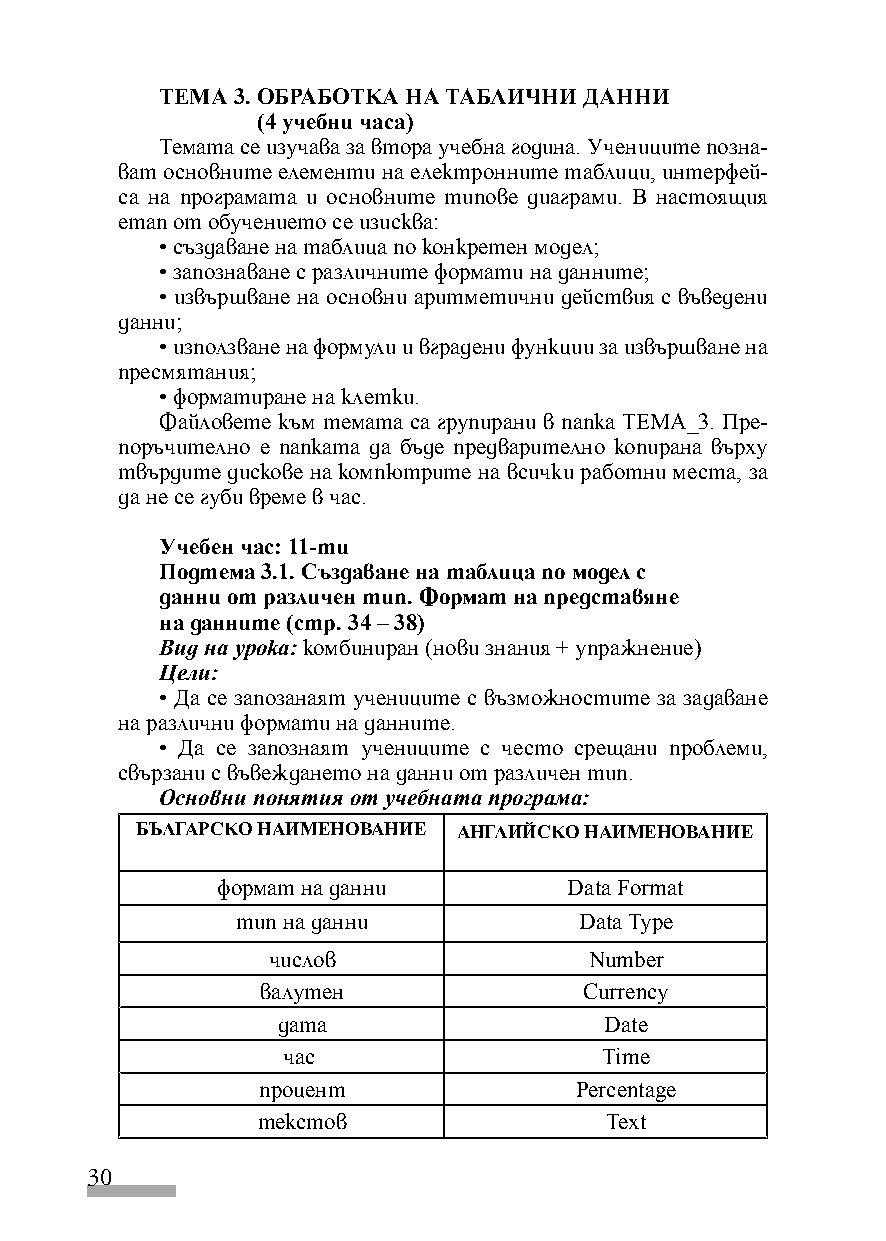
ТЕМА 3. ОБРАБОТКА НА ТАБЛИЧНИ ДАННИ
 (4 учебни часа)
 Темата се изучава за втора учебна година. Учениците позна-
 ват основните елементи на електронните таблици, интерфей-
 са на програмата и основните типове диаграми. В настоящия
 етап от обучението се изисква:
 • създаване на таблица по конкретен модел;
 • запознаване с различните формати на данните;
 • извършване на основни аритметични действия с въведени
 данни;
 • използване на формули и вградени функции за извършване на
 пресмятания;
 • форматиране на клетки.
 Файловете към темата са групирани в папка TEMA_3. Пре-
 поръчително е папката да бъде предварително копирана върху
 твърдите дискове на компютрите на всички работни места, за
 да не се губи време в час.
 Учебен час: 11-ти
 Подтема 3.1. Създаване на таблица по модел с
 данни от различен тип. Формат на представяне
 на данните (стр. 34 – 38)
 Вид на урока: комбиниран (нови знания + упражнение)
 Цели:
 • Да се запозанаят учениците с възможностите за задаване
 на различни формати на данните.
 • Да се запознаят учениците с често срещани проблеми,
 свързани с въвеждането на данни от различен тип.
 Основни понятия от учебната програма:
 БЪЛГАРСКО НАИМЕНОВАНИЕ АНГЛИЙСКО НАИМЕНОВАНИЕ
 формат на данни         Data Format
 тип на данни          Data Type
 числов               Number
 валутен               Currency
 дата                  Date
 час                  Time
 процент              Percentage
 текстов                Text
 30